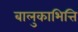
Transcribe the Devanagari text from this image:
बालुकाभित्ति